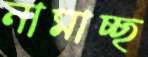
নামাচ্ছ